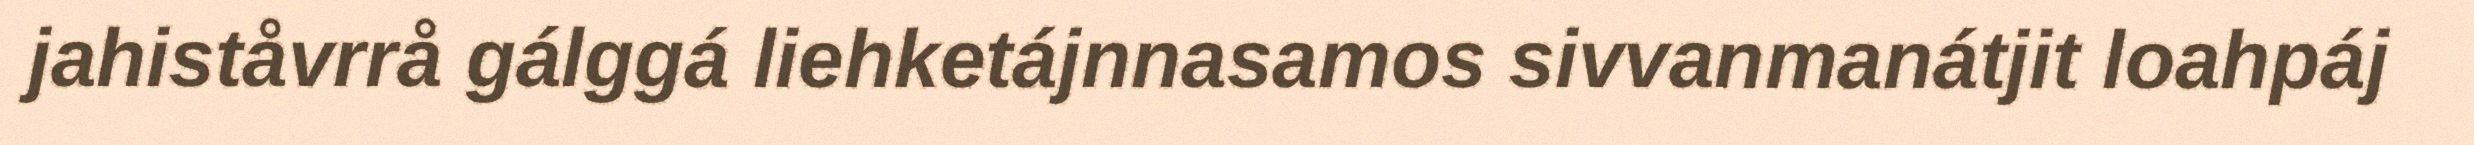
jahiståvrrå gálggá liehketájnnasamos sivvanmanátjit loahpáj